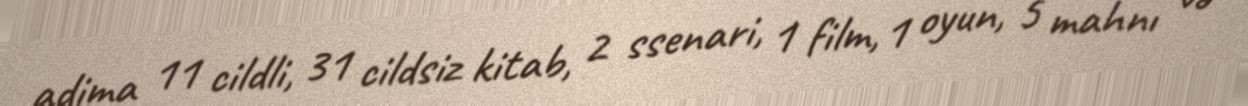
adima 11 cildli, 31 cildsiz kitab, 2 ssenari, 1 film, 1 oyun, 5 mahnı və